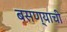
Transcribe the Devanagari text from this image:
बसण्‍याची